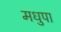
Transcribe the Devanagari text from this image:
मधुपा